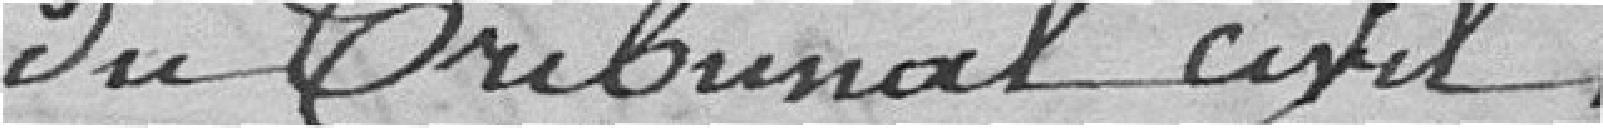
du tribunal civil.